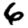
Digit: 6